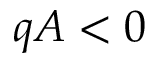
q A < 0